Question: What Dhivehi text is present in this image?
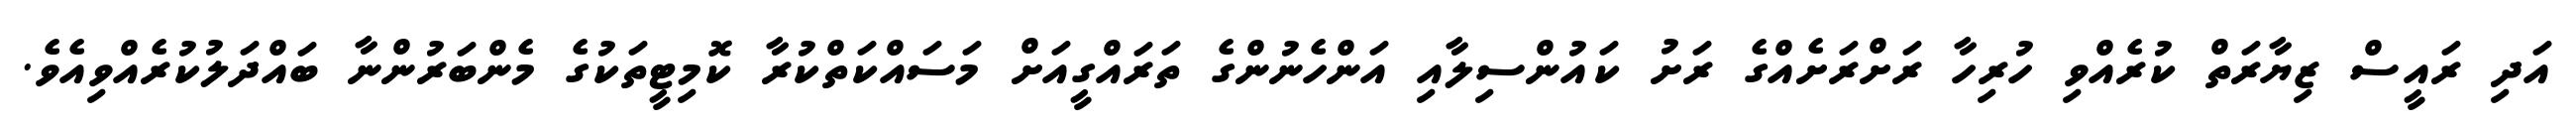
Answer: އަދި ރައީސް ޒިޔާރަތް ކުރެއްވި ހުރިހާ ރަށްރަށެއްގެ ރަށު ކައުންސިލާއި އަންހެނުންގެ ތަރައްގީއަށް މަސައްކަތްކުރާ ކޮމިޓީތަކުގެ މެންބަރުންނާ ބައްދަލުކުރެއްވިއެވެ.